system: You are a helpful assistant.
user:
Analyze the provided spectrum to determine if it is a **"Cataclysmic Variables (CV)"**.

- **Key Indicators for CV (Check for either state):**
    - **State 1: Quiescent / Low-State (Emission-Dominated)**
        - **(Primary):** Strong and *very broad* Hydrogen Balmer emission lines (e.g., $H\alpha$ at 6563 Å, $H\beta$ at 4861 Å). The 'broadness' (high velocity dispersion, often FWHM > 1000 km/s) is the key diagnostic, indicating a high-velocity accretion disk.
        - **(Secondary):** Broad neutral Helium (He I) emission lines (e.g., 5876 Å, 6678 Å).
        - **(Key Confirmation):** Presence of high-excitation *ionized* Helium (He II) emission at 4686 Å. This is a strong indicator of accretion onto a white dwarf.
        - **(Line Profile):** Emission lines may exhibit a 'double-peaked' profile, which is a classic signature of a rotating accretion disk viewed at high inclination.

    - **State 2: Outburst / High-State (Absorption-Dominated)**
        - **(Primary):** Spectrum is dominated by a bright, blue continuum (looks like a hot star).
        - **(Secondary):** The emission lines from State 1 are weak, absent, or 'filled in', and are replaced by broad, shallow *absorption* lines (primarily Balmer and He I).
        - **(Morphology):** The overall spectrum mimics a hot B/A-type star. The crucial difference is that the absorption lines are significantly broader, shallower, and more 'washed-out' (or 'smeared') than the sharp lines of a normal stellar photosphere, due to high rotational speeds and pressure broadening in the disk.

Think first, call **spectral_visualization_tool** if needed to examine features in detail, then provide your final answer. Your response must adhere to the following strict rules:
1.  **Overall Structure:** Your response must follow the format `<think>...</think> <tool_call>...</tool_call> (if a tool is used) <answer>...</answer>`.
2.  **Tool Usage Constraint:** You may only make **one** tool call per turn.
3.  **Final Answer Format:** In the `<answer>` tag, your conclusion must be inside a `\boxed{}` command (e.g., `\boxed{YES}`), followed by your justification.

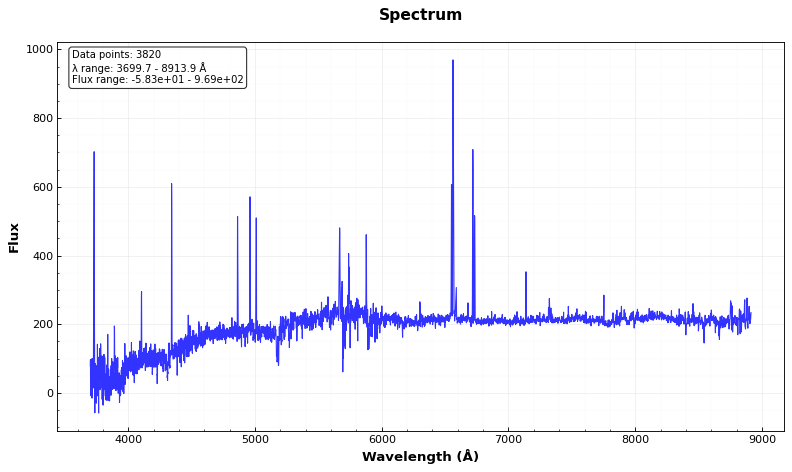
Answer: NO